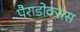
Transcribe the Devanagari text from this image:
पैराडोक्सस